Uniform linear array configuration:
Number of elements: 32
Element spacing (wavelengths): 0.25
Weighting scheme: hann
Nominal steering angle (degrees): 0
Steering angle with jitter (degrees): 1.199
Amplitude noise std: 0.05
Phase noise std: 0.05

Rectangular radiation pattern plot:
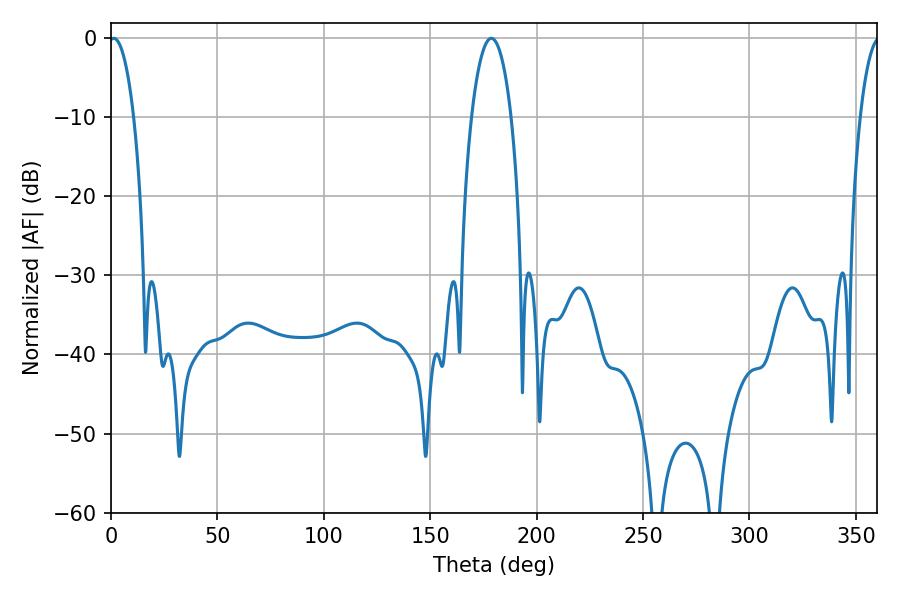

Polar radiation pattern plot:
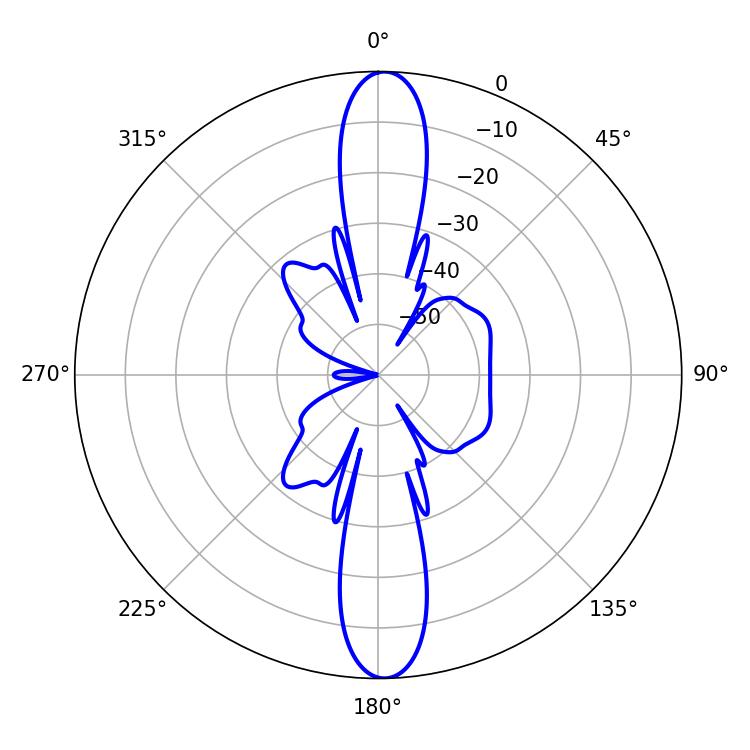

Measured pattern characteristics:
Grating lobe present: FALSE
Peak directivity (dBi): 23.535
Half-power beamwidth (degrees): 6.48
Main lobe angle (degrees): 1.26